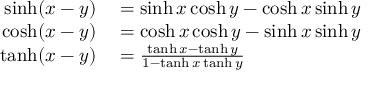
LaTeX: \begin{array} { r l } { \sinh ( x - y ) } & { { } = \sinh x \cosh y - \cosh x \sinh y } \\ { \cosh ( x - y ) } & { { } = \cosh x \cosh y - \sinh x \sinh y } \\ { \operatorname { t a n h } ( x - y ) } & { { } = { \frac { \operatorname { t a n h } x - \operatorname { t a n h } y } { 1 - \operatorname { t a n h } x \operatorname { t a n h } y } } } \end{array}